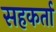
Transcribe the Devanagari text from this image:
सहकर्ता